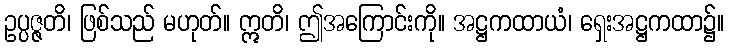
ဥပ္ပဇ္ဇတိ၊ ဖြစ်သည် မဟုတ်။ ဣတိ၊ ဤအကြောင်းကို။ အဋ္ဌကထာယံ၊ ရှေးအဋ္ဌကထာ၌။